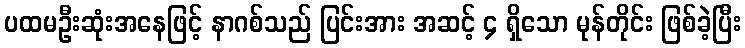
ပထမဦးဆုံးအနေဖြင့် နာဂစ်သည် ပြင်းအား အဆင့် ၄ ရှိသော မုန်တိုင်း ဖြစ်ခဲ့ပြီး